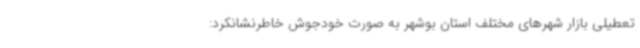
تعطیلی بازار شهرهای مختلف استان بوشهر به صورت خودجوش خاطرنشانکرد: